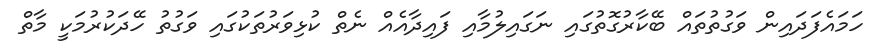
ހަމައެފަދައިން ވަގުތުތައް ބޭކާރުގޮތުގައި ނަގައިލުމާއި ފައިދާއެއް ނެތް ކުޅިވަރުތަކުގައި ވަގުތު ހޭދަކުރުމަކީ މާތް